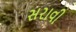
સરાવી